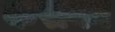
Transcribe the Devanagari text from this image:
कसका